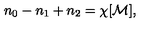
n _ { 0 } - n _ { 1 } + n _ { 2 } = \chi [ { \cal M } ] ,